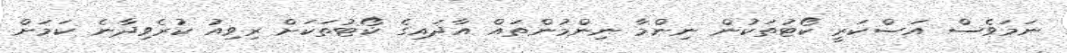
ނަމަވެސް އަސްކަރީ ކޯޓުތަކުން ނިންމާ ނިންމުންތައް އާދައިގެ ކޯޓުތަކަށް ރިވިއު ކުރެވިދާނެ ކަމަށް